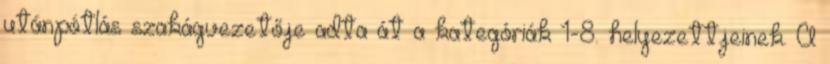
utánpótlás szakágvezetője adta át a kategóriák 1-8. helyezettjeinek. A